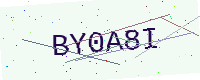
Text: BY0A8I